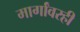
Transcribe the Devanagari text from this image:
मार्गांवरही